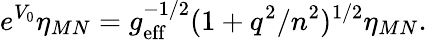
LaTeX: e^{V_{0}}\eta_{MN}=g_{\mathrm{eff}}^{-1/2}(1+q^{2}/n^{2})^{1/2}\eta_{MN}.